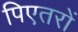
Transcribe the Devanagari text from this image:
पिएतरों